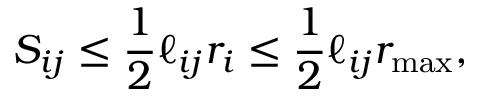
S _ { i j } \leq \frac 1 2 \ell _ { i j } r _ { i } \leq \frac 1 2 \ell _ { i j } r _ { \mathrm { m a x } } ,